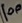
Text: 100